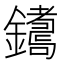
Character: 𨮩